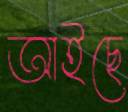
আইছে